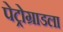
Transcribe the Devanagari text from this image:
पेट्रोग्राडला